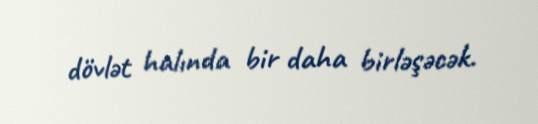
dövlət halında bir daha birləşəcək.